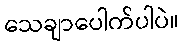
သေချာပေါက်ပါပဲ။